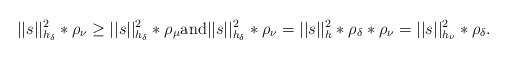
\begin{align*} ||s||^2_{h_\delta}\ast\rho_\nu\geq||s||^2_{h_\delta}\ast\rho_\mu \mathrm{and} ||s||^2_{h_\delta}\ast\rho_\nu=||s||^2_h\ast\rho_\delta\ast\rho_\nu=||s||^2_{h_\nu}\ast\rho_\delta. \end{align*}